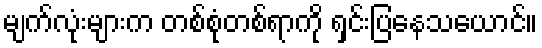
မျက်လုံးများက တစ်စုံတစ်ရာကို ရှင်းပြနေသယောင်။